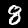
Label: 8